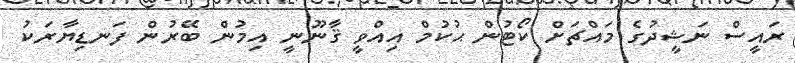
ރައީސް ނަޝީދުގެ މައްޗަށް ކޯޓުން ޙުކުމް އިއްވީ ޤާނޫނީ އިމުން ބޭރުން ފަނޑިޔާރަކު